Calcutta medical institutions reports 1892-1900
Year: 1892
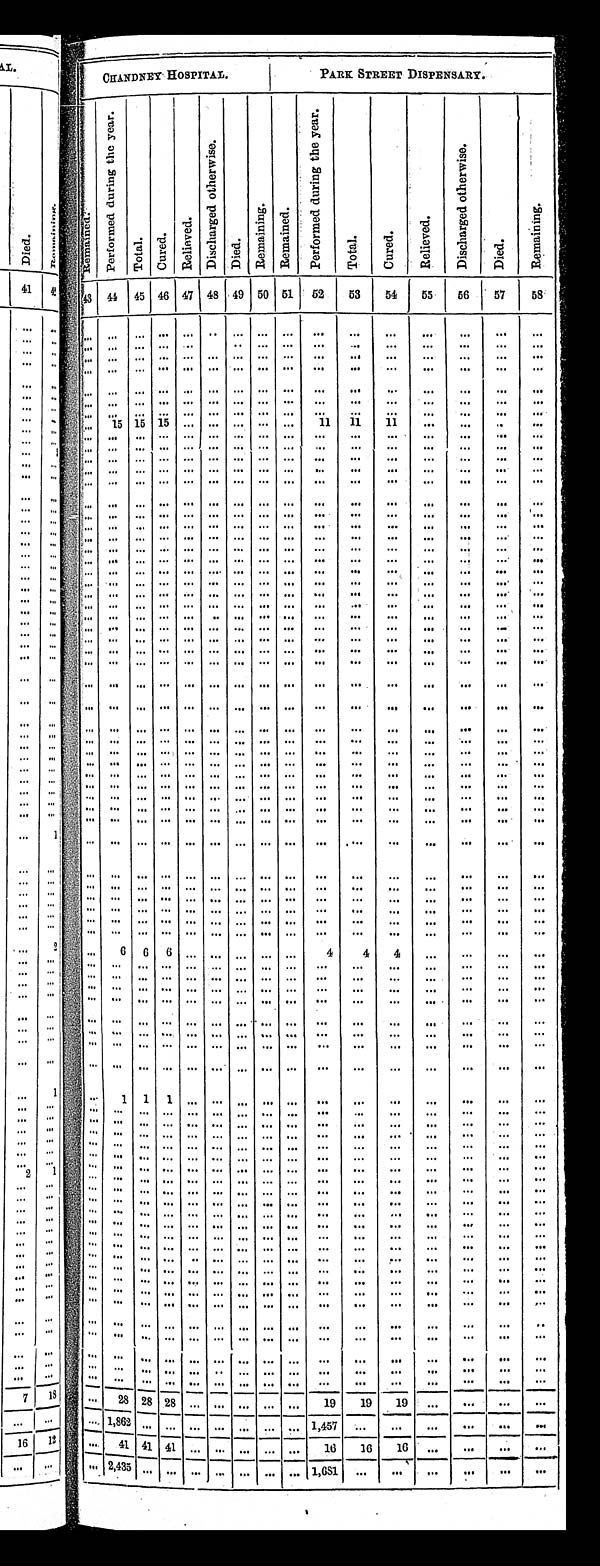
CHANDNEY HOSPI TAL.
PARK STREET DISPENSARY.
R e m a i n d e d .
P e r f o r m e d d u r i n g t h e y e a r .
T o t a l . C u r e d .
R e l i e v e d . D i s c h a r g e d o t h e r w i s e .
D i e d .
R e m a i n i n g . R e m a i n e d .
P e r f o r m e d d u r i n g t h e y e a r .
T o t a l . C u r e d . R e l i e v e d .
D i s c h a r g e d o t h e r e w i s e .
D i e d .
R e m a i n i n g .
43 44 45 46 47 48 49 50 51 52 53 54 5 5 5 6 57 58
1 5 15 1 5
1 1 11 1 1
6 6 6
4 4 4
11 1
28 28 2 8
19 19 1 9
1, 862
1 , 4 5 7
4 1 41 4 1
1 6 16 1 6
2, 435
1 , 6 8 1